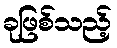
ခုဖြစ်သည့်